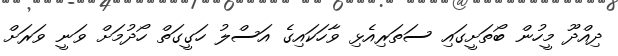
ދިއްދޫ މީހުން ބޯތަށީގައި ސަތަރިއެޅި ވާހަކައިގެ އަސްލު ހަގީގަތް ހޯދުމަށް ވަނީ ވަރަށް